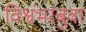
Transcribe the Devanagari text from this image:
विश्वंभरबुवा